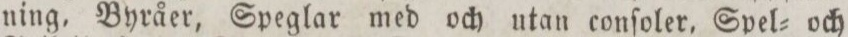
ning, Byråer, Speglar med och utan conſoler, Spel= och